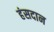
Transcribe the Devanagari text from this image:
हंसदान